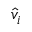
{ \hat { v } } _ { i }